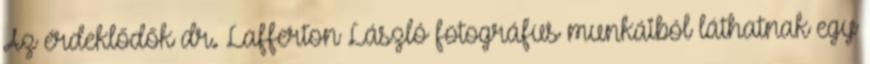
Az érdeklődők dr. Lafferton László fotográfus munkáiból láthatnak egy